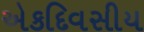
એકદિવસીય